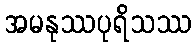
အမနုဿပုရိသဿ